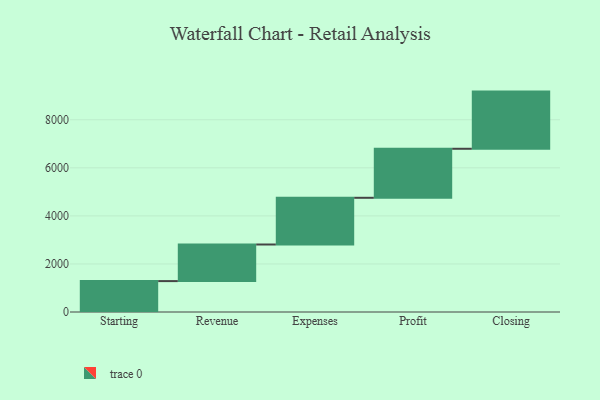
{"axis": {"x": "Step", "y": "Value"}, "legend": [""], "data": [{"x": "Starting", "y": 1286.0, "type": ""}, {"x": "Revenue", "y": 1523.0, "type": ""}, {"x": "Expenses", "y": 1944.0, "type": ""}, {"x": "Profit", "y": 2040.0, "type": ""}, {"x": "Closing", "y": 2379.0, "type": ""}]}